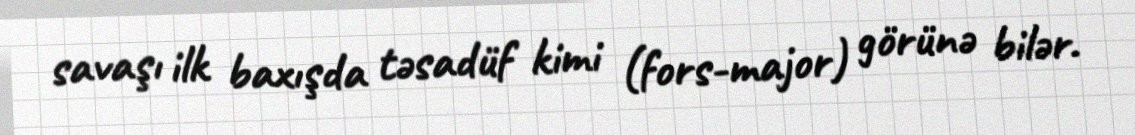
savaşı ilk baxışda təsadüf kimi (fors-major) görünə bilər.